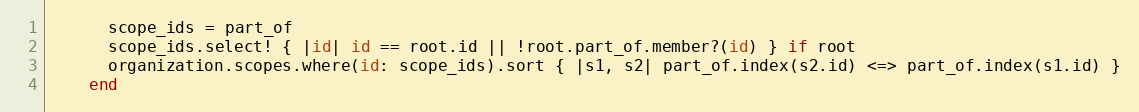
Language: Ruby
      scope_ids = part_of
      scope_ids.select! { |id| id == root.id || !root.part_of.member?(id) } if root
      organization.scopes.where(id: scope_ids).sort { |s1, s2| part_of.index(s2.id) <=> part_of.index(s1.id) }
    end